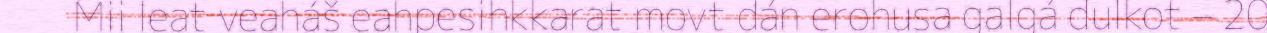
Mii leat veaháš eahpesihkkarat movt dán erohusa galgá dulkot – 20